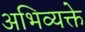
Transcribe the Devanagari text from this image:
अभिव्यक्ते